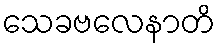
သေခဗလေနာတိ